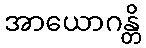
အာယောဂန္တိ